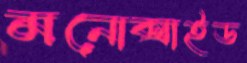
মনোক্সাইড